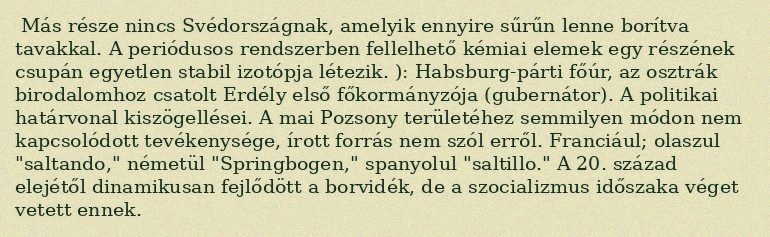
Más része nincs Svédországnak, amelyik ennyire sűrűn lenne borítva tavakkal. A periódusos rendszerben fellelhető kémiai elemek egy részének csupán egyetlen stabil izotópja létezik. ): Habsburg-párti főúr, az osztrák birodalomhoz csatolt Erdély első főkormányzója (gubernátor). A politikai határvonal kiszögellései. A mai Pozsony területéhez semmilyen módon nem kapcsolódott tevékenysége, írott forrás nem szól erről. Franciául; olaszul "saltando," németül "Springbogen," spanyolul "saltillo." A 20. század elejétől dinamikusan fejlődött a borvidék, de a szocializmus időszaka véget vetett ennek.